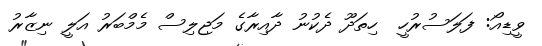
ވީޑިއޯ: ފަލަސުރުހީ  ހިތަދޫ ދެކުނު ދާއިރާގެ މަޖިލިސް މެމްބަރު އަލީ ނިޒާރު